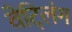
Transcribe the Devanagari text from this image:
वेट्लिंग